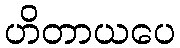
ဟိတာယပေ